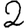
Digit: 2